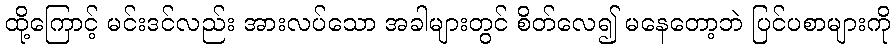
ထို့ကြောင့် မင်းဒင်လည်း အားလပ်သော အခါများတွင် စိတ်လေ၍ မနေတော့ဘဲ ပြင်ပစာများကို